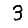
Digit: 3